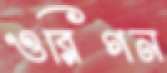
ওরিগন